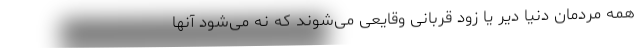
همه مردمان دنیا دیر یا زود قربانی وقایعی می‌شوند که نه می‌شود آنها